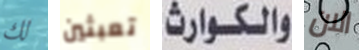
لك تعبثين والكوارث الان